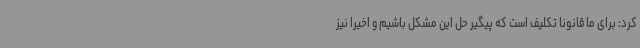
کرد: برای ما قانونا تکلیف است که پیگیر حل این مشکل باشیم و اخیرا نیز